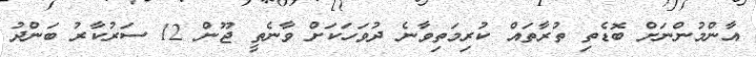
އާންމުންނަށް ބޮޑެތި ތުރާތައް ކުރިމަތިވާނެ ދުވަހަކަށް ވާނެތީ ޖޫން 12 ސަރުކާރު ބަންދު